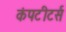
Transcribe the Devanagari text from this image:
कंपटीटर्स